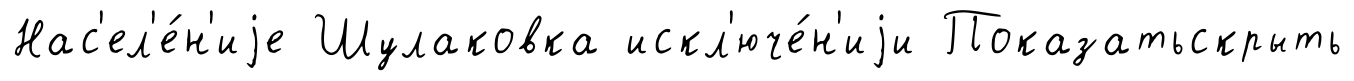
Нас'ел'е́н'иjе Шулаковка искл'юче́н'иjи Показатьскрыть